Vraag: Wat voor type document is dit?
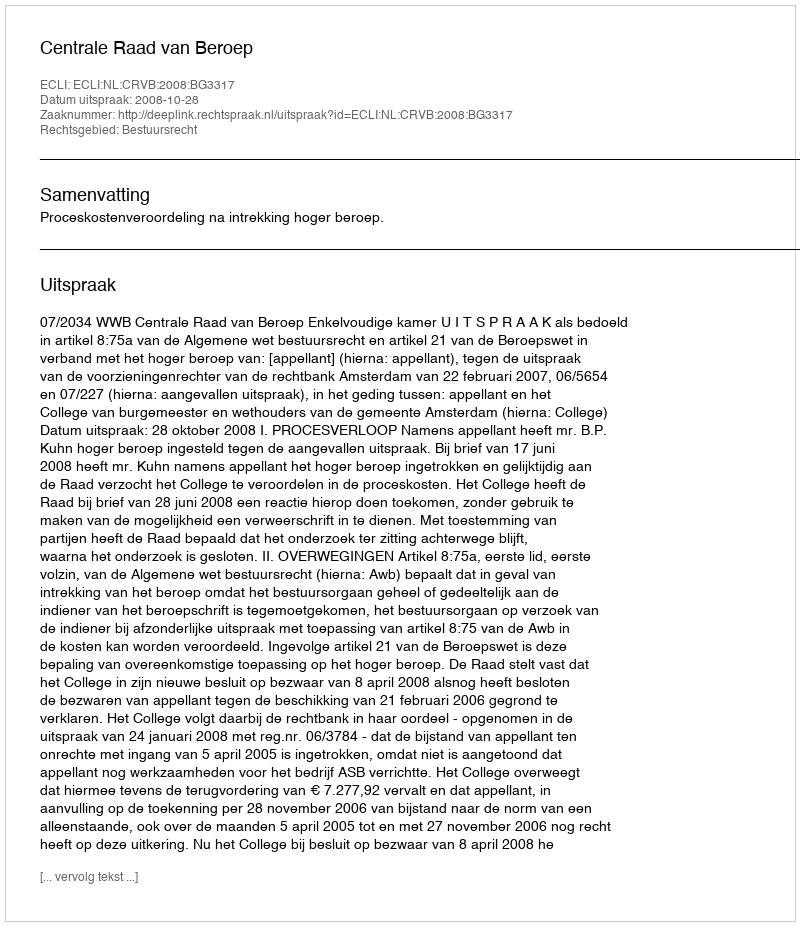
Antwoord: Uitspraak